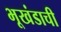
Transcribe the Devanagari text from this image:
भूखंडाची